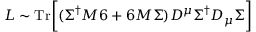
{ \cal L } \sim \mathrm { T r } \biggl [ ( \Sigma ^ { \dagger } M \l 6 + \l 6 M \Sigma ) D ^ { \mu } \Sigma ^ { \dagger } D _ { \mu } \Sigma \biggr ]